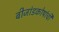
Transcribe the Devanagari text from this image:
बीजांडकोषांची